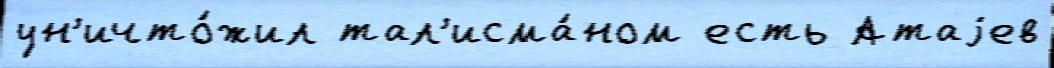
ун'ичто́жил тал'исма́ном есть Атаjев